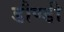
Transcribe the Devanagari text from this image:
डौण्डी